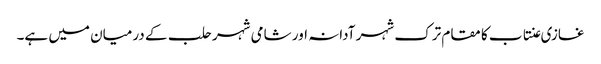
غازی عنتاب کا مقام ترک شہر آدانہ اور شامی شہر حلب کے درمیان میں ہے۔